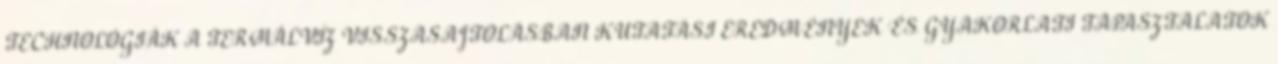
TECHNOLÓGIÁK A TERMÁLVÍZ VISSZASAJTOLÁSBAN KUTATÁSI EREDMÉNYEK ÉS GYAKORLATI TAPASZTALATOK